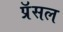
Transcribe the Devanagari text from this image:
प्रॅसल